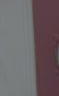
-